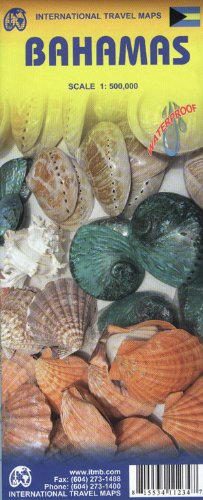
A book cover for Bahamas 1:500,000 Travel Map (International Travel Maps); ITM Canada; Travel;